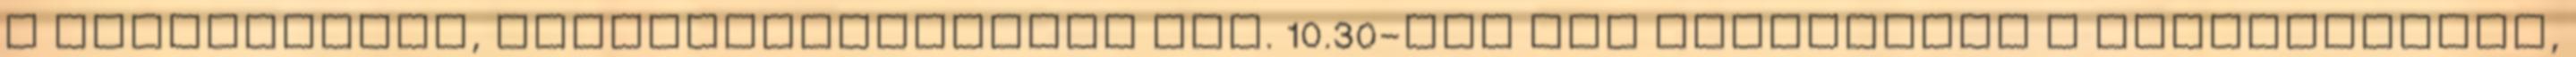
a legmelegebb, legszélcsendesebb nap. 10.30-kor kik köszönhető a Vándorserleg,